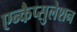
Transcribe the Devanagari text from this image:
एन्कैप्सुलेशन